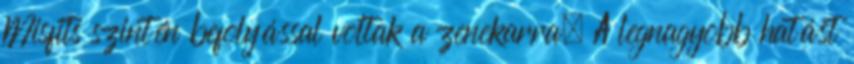
Misfits szintén befolyással voltak a zenekarra. A legnagyobb hatást